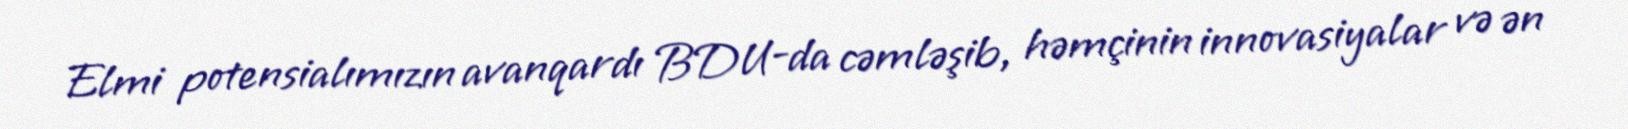
Elmi potensialımızın avanqardı BDU-da cəmləşib, həmçinin innovasiyalar və ən